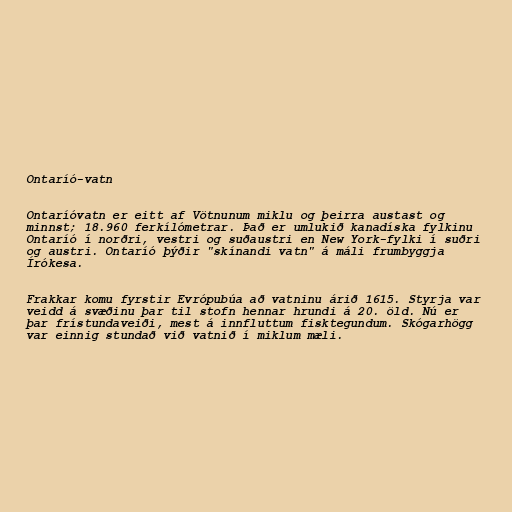
Ontaríó-vatn

Ontaríóvatn er eitt af Vötnunum miklu og þeirra austast og
minnst; 18.960 ferkílómetrar. Það er umlukið kanadíska fylkinu
Ontaríó í norðri, vestri og suðaustri en New York-fylki í suðri
og austri. Ontaríó þýðir "skínandi vatn" á máli frumbyggja
Írókesa.

Frakkar komu fyrstir Evrópubúa að vatninu árið 1615. Styrja var
veidd á svæðinu þar til stofn hennar hrundi á 20. öld. Nú er
þar frístundaveiði, mest á innfluttum fisktegundum. Skógarhögg
var einnig stundað við vatnið í miklum mæli.